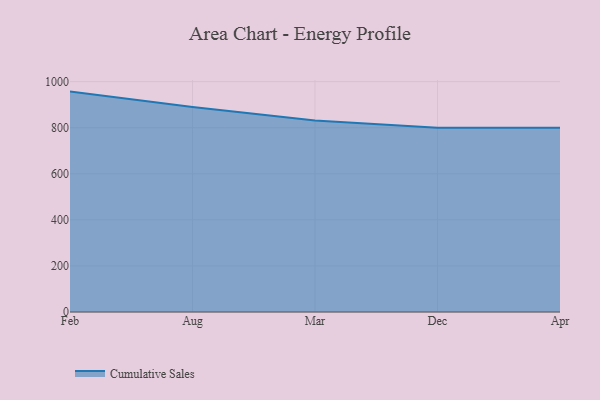
{"axis": {"x": "Month", "y": "Energy Usage (MWh)"}, "legend": ["Cumulative Sales"], "data": [{"x": "Feb", "y": 956.7, "type": "Cumulative Sales"}, {"x": "Aug", "y": 890.0, "type": "Cumulative Sales"}, {"x": "Mar", "y": 831.7, "type": "Cumulative Sales"}, {"x": "Dec", "y": 800, "type": "Cumulative Sales"}, {"x": "Apr", "y": 800, "type": "Cumulative Sales"}]}